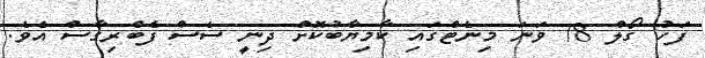
ފަހު ގޯލް 78 ވަނަ މިނެޓްގައި ކާމިޔާބުކޮށް ދިނީ ސެސް ފެބްރިގާސް އެވެ.